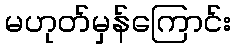
မဟုတ်မှန်ကြောင်း